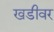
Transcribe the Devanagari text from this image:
खडीवर